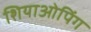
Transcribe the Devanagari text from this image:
शियाओपिंग